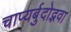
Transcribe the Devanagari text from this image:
चाप्यर्बुदोद्भवा